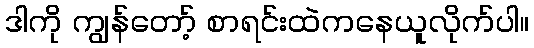
ဒါကို ကျွန်တော့် စာရင်းထဲကနေယူလိုက်ပါ။